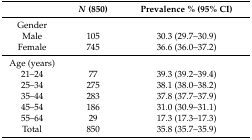
<table><thead><tr><td></td><td><b><i>N</i> (850)</b></td><td><b>Prevalence % (95% CI)</b></td></tr></thead><tbody><tr><td>Gender</td><td></td><td></td></tr><tr><td>Male</td><td>105</td><td>30.3 (29.7–30.9)</td></tr><tr><td>Female</td><td>745</td><td>36.6 (36.0–37.2)</td></tr><tr><td>Age (years)</td><td></td><td></td></tr><tr><td>21–24</td><td>77</td><td>39.3 (39.2–39.4)</td></tr><tr><td>25–34</td><td>275</td><td>38.1 (38.0–38.2)</td></tr><tr><td>35–44</td><td>283</td><td>37.8 (37.7–37.9)</td></tr><tr><td>45–54</td><td>186</td><td>31.0 (30.9–31.1)</td></tr><tr><td>55–64</td><td>29</td><td>17.3 (17.3–17.3)</td></tr><tr><td>Total</td><td>850</td><td>35.8 (35.7–35.9)</td></tr></tbody></table>